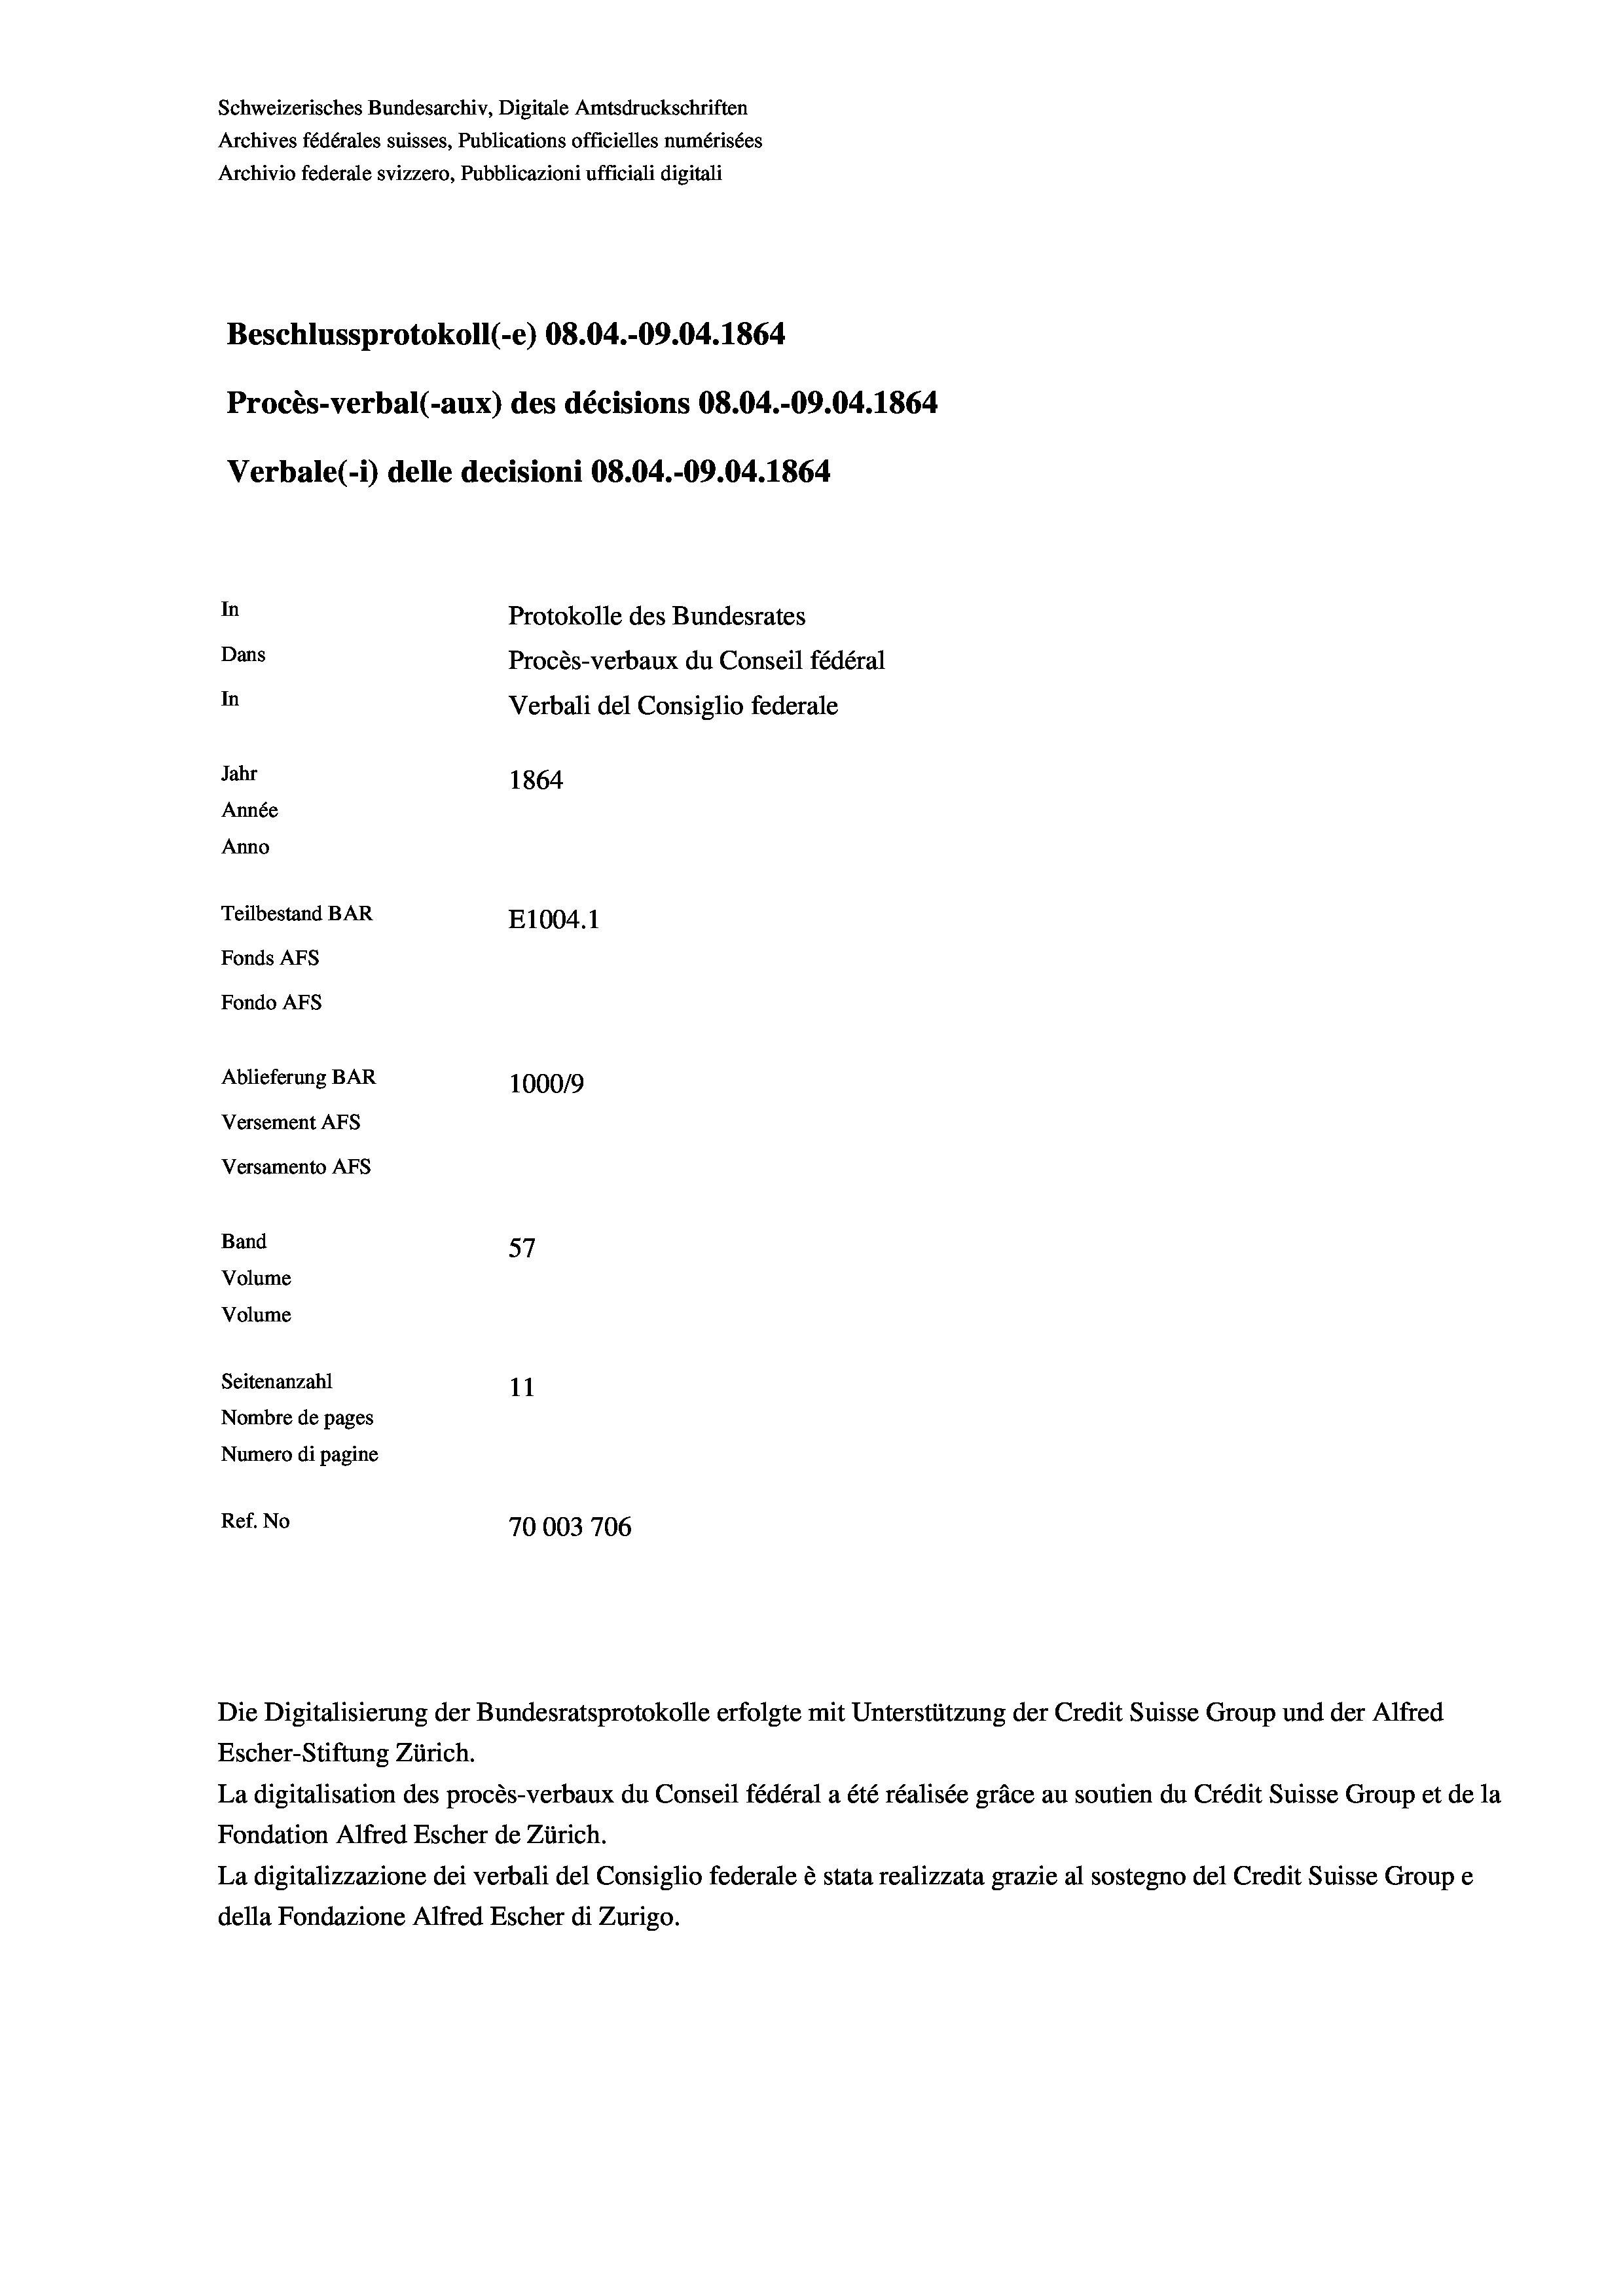
Schweizerisches Bundesarchiv, Digitale Amtsdruckschriften
Archives fédérales suisses, Publications officielles numérisées
Archivio federale svizzero, Pubblicazioni ufficiali digitali
Beschlussprotokoll (-e) 08.04.-09.04. 1864
Procès-verbal (-aux) des décisions 08.04.-09.04. 1864
Verbale (-*) delle decisioni 08.04.-09.04. 1864
In
Protokolle des Bundesrates
Dans
Procès-verbaux du Conseil fédéral
In
Verbali del Consiglio federale
Jahr
1864
Année
Anno
Teilbestand BAR
E1004.1
Fonds AFs
Fondo AFS
Ablieferung BAR
100019
Versement AFs
Versamento AFs
f
Band
57
Volume
Volume
Seitenanzahl
11
Nombre de pages
Numero di pagine
Ref. No
70003706

Escher-Stiftung Zürich.
La digitalisation des procès-verbaux du Conseil fédéral a été réalisée gräce au soutien du Crédit Suisse Group et de la
Fondation Alfred Escher de Zürich.
La digitalizzazione dei verbali del Consiglio federale è stata realizzata grazie al sostegno del Credit Suisse Groupe
della Fondazione Alfred Escher di Zurigo.

Die Digitalisierung der Bundesratsprotokolle erfolgte mit Unterstützung der Credit Suisse Group und der Alfred